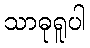
သာဓုရူပါ